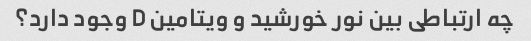
چه ارتباطی بین نور خورشید و ویتامین D وجود دارد؟